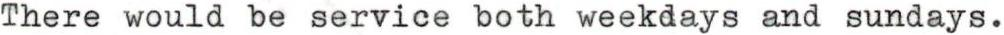
There would be service both weekdays and sundays.